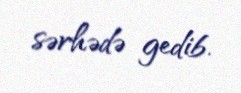
sərhədə gedib.